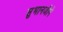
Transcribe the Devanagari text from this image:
सुभानजीने